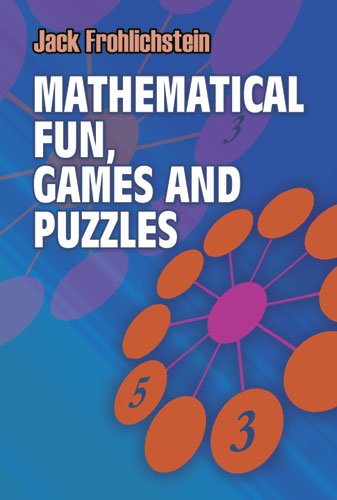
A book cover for Mathematical Fun, Games and Puzzles (Dover Recreational Math); Jack Frohlichstein; Teen & Young Adult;